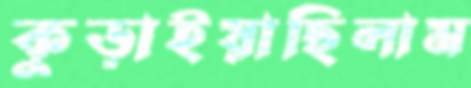
কুড়াইয়াছিলাম